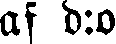
af d:o